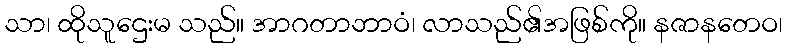
သာ၊ ထိုသူဌေးမ သည်။ အာဂတာဘာဝံ၊ လာသည်၏အဖြစ်ကို။ နဇာနတေဝ၊